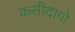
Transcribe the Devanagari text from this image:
कसीदागो